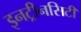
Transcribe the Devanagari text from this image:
इनट्रीनसिटी